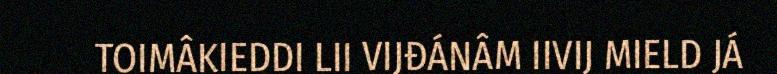
TOIMÂKIEDDI LII VIJĐÁNÂM IIVIJ MIELD JÁ